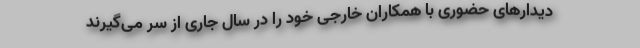
دیدارهای حضوری با همکاران خارجی خود را در سال جاری از سر می‌گیرند